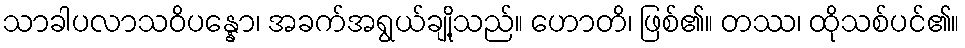
သာခါပလာသဝိပန္နော၊ အခက်အရွယ်ချို့သည်။ ဟောတိ၊ ဖြစ်၏။ တဿ၊ ထိုသစ်ပင်၏။